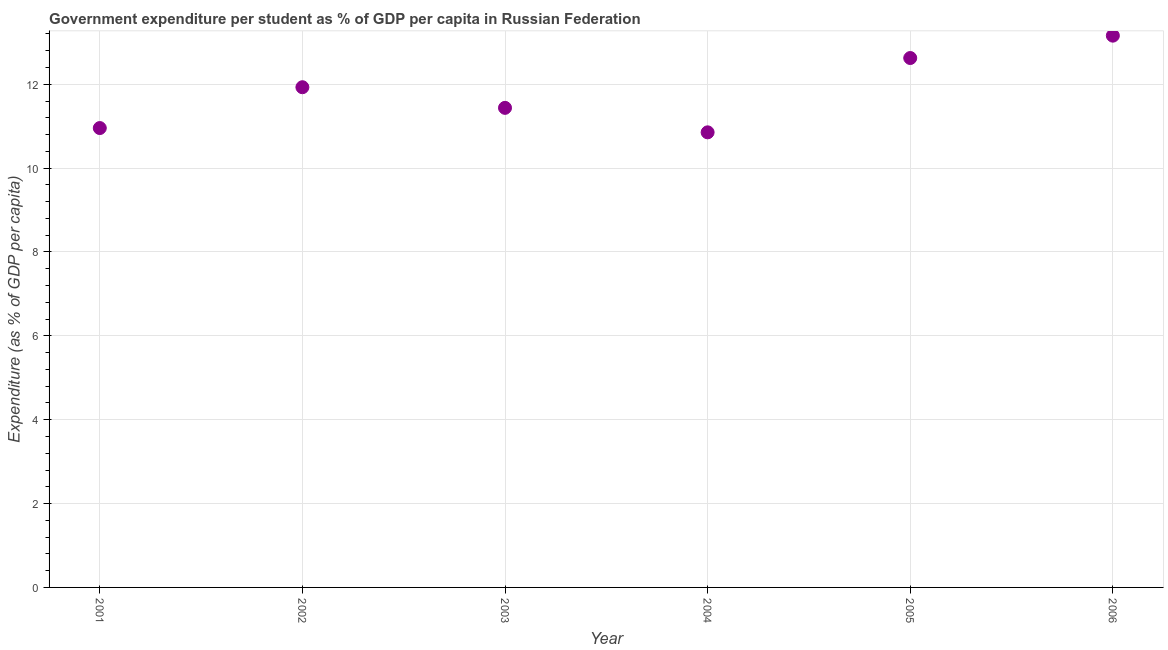
| Year | Government expenditure per tertiary student |
 | --- | --- |
 | 2001 | 11 |
 | 2002 | 11.9 |
 | 2003 | 11.4 |
 | 2004 | 10.9 |
 | 2005 | 12.6 |
 | 2006 | 13.2 |